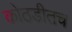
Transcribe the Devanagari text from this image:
कोठडीतच